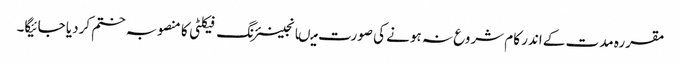
مقررہ مدت کے اندر کام شروع نہ ہونے کی صورت میںانجینئرنگ فیکلٹی کا منصوبہ ختم کردیا جائیگا۔